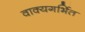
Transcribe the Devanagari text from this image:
वाक्यगर्भित